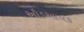
ઔડઆયક